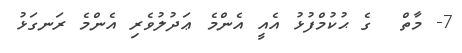
7- މާތް  ގެ ޙުކުމްފުޅު އެއީ އެންމެ ޢަދުލުވެރި އެންމެ ރަނގަޅު